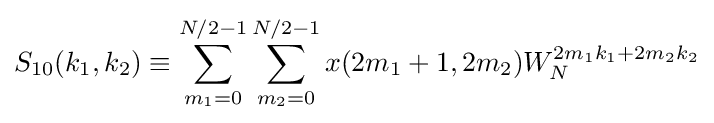
S_{10}(k_{1},k_{2})\equiv \sum _{m_{1}=0}^{N/2-1}\sum _{m_{2}=0}^{N/2-1}x(2m_{1}+1,2m_{2})W_{N}^{2m_{1}k_{1}+2m_{2}k_{2}}